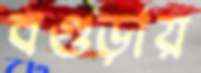
বগুড়ায়